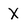
Character: X